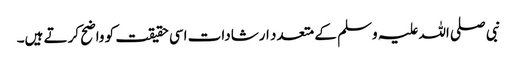
نبی صلی اللہ علیہ وسلم کے متعدد ارشادات اسی حقیقت کو واضح کرتے ہیں۔